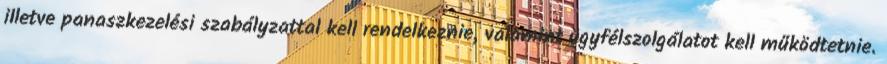
illetve panaszkezelési szabályzattal kell rendelkeznie, valamint ügyfélszolgálatot kell működtetnie.